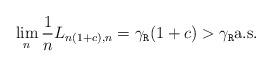
LaTeX: \begin{align*} \lim_{n}{1\over n}L_{n(1+c),n}=\gamma_{\tt{R}}(1+c)>\gamma _{\tt{R}} \mbox{a.s.}\end{align*}